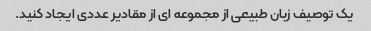
یک توصیف زبان طبیعی از مجموعه ای از مقادیر عددی ایجاد کنید.